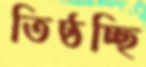
তিষ্ঠচ্ছি